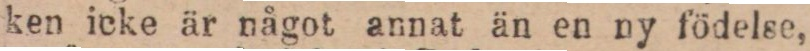
ken icke är något annat än en ny födelse,